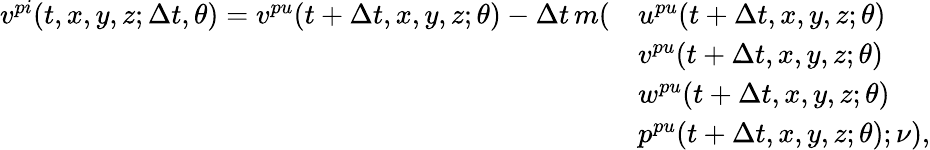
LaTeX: \begin{array}{rl}{v^{pi}(t,x,y,z;\Delta t,\theta)=v^{pu}(t+\Delta t,x,y,z;\theta)-\Delta t\, m(}&{u^{pu}(t+\Delta t,x,y,z;\theta)}\\ &{v^{pu}(t+\Delta t,x,y,z;\theta)}\\ &{w^{pu}(t+\Delta t,x,y,z;\theta)}\\ &{p^{pu}(t+\Delta t,x,y,z;\theta);\nu),}\end{array}